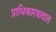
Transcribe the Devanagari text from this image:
प्राधिकारवादात